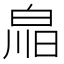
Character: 𤽳